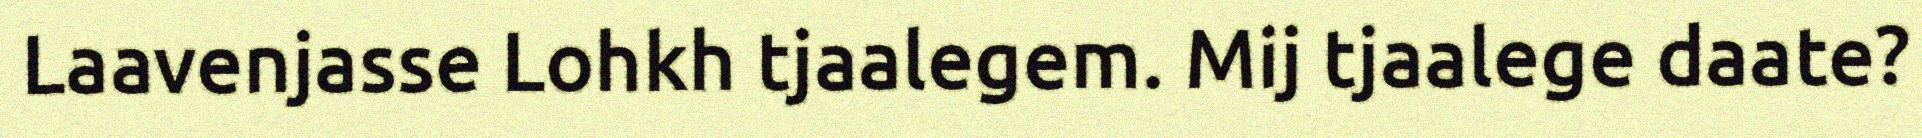
Laavenjasse Lohkh tjaalegem. Mij tjaalege daate?